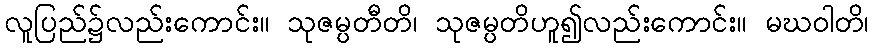
လူပြည်၌လည်းကောင်း။ သုဇမ္ပတီတိ၊ သုဇမ္ပတိဟူ၍လည်းကောင်း။ မဃဝါတိ၊